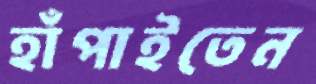
হাঁপাইতেন